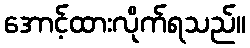
အောင့်ထားလိုက်ရသည်။